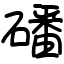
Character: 磻